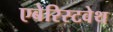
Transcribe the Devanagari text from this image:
एबेरिस्टवेथ